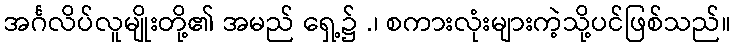
အင်္ဂလိပ်လူမျိုးတို့၏ အမည် ရှေ့၌ .၊ စကားလုံးများကဲ့သို့ပင်ဖြစ်သည်။